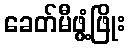
ခေတ်မီဖွံ့ဖြိုး